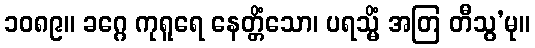
၁၀၈၉။ ခဂ္ဂေ ကုရူရေ နေတ္တိံသော၊ ပရသ္မိံ အတြ တီသွ’မု။